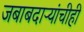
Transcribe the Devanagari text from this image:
जबाबदाऱ्यांचीही